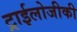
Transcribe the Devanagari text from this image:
ट्राईलोजीकी